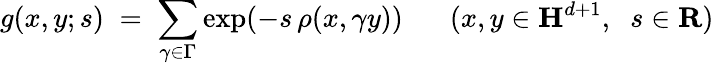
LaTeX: g(x,y;s)\; =\; \sum_{\gamma\in\Gamma}\exp(-s\, \rho(x,\gamma y))\; \; \; \; \; \; (x,y\in{\mathbf H}^{d+1},\; \; s\in{\mathbf R})